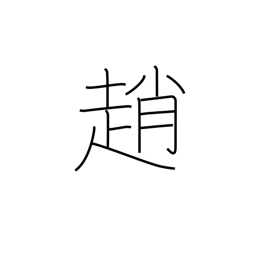
Meaning: late-going